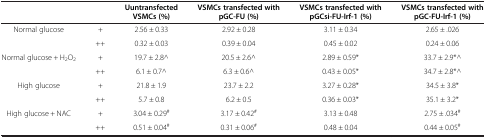
<table><thead><tr><td><b> </b></td><td><b> </b></td><td><b>Uuntransfected VSMCs (%)</b></td><td><b>VSMCs transfected with pGC-FU (%)</b></td><td><b>VSMCs transfected with pGCsi-FU-Irf-1 (%)</b></td><td><b>VSMCs transfected with pGC-FU-Irf-1 (%)</b></td></tr></thead><tbody><tr><td>Normal glucose</td><td>+</td><td>2.56 ± 0.33</td><td>2.92 ± 0.28</td><td>3.11 ± 0.34</td><td>2.65 ± .026</td></tr><tr><td> </td><td>++</td><td>0.32 ± 0.03</td><td>0.39 ± 0.04</td><td>0.45 ± 0.02</td><td>0.24 ± 0.06</td></tr><tr><td>Normal glucose + H<sub>2</sub>O<sub>2</sub></td><td>+</td><td>19.7 ± 2.8^</td><td>20.5 ± 2.6^</td><td>2.89 ± 0.59*</td><td>33.7 ± 2.9*^</td></tr><tr><td> </td><td>++</td><td>6.1 ± 0.7^</td><td>6.3 ± 0.6^</td><td>0.43 ± 0.05*</td><td>34.7 ± 2.8*^</td></tr><tr><td>High glucose</td><td>+</td><td>21.8 ± 1.9</td><td>23.7 ± 2.2</td><td>3.27 ± 0.28*</td><td>34.5 ± 3.8*</td></tr><tr><td> </td><td>++</td><td>5.7 ± 0.8</td><td>6.2 ± 0.5</td><td>0.36 ± 0.03*</td><td>35.1 ± 3.2*</td></tr><tr><td>High glucose + NAC</td><td>+</td><td>3.04 ± 0.29<sup>#</sup></td><td>3.17 ± 0.42<sup>#</sup></td><td>3.13 ± 0.48</td><td>2.75 ± .034<sup>#</sup></td></tr><tr><td> </td><td>++</td><td>0.51 ± 0.04<sup>#</sup></td><td>0.31 ± 0.06<sup>#</sup></td><td>0.48 ± 0.04</td><td>0.44 ± 0.05<sup>#</sup></td></tr></tbody></table>